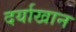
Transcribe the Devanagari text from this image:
दर्याखान